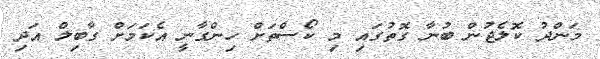
މަންދު ކޮލެޖުން ބުނާ ގޮތުގައި މި ކޯސްތަށް ހިންގާނީ އެކަމަށް ގާބިލް އަދި